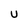
Character: U